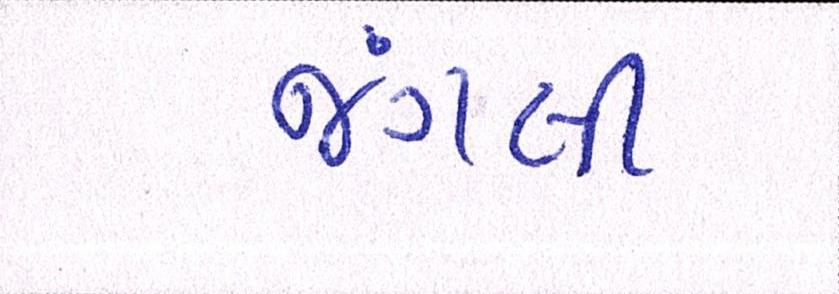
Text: જંગલી